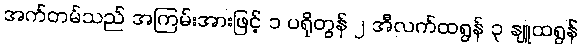
အက်တမ်သည် အကြမ်းအားဖြင့် ၁ ပရိုတွန် ၂ အီလက်ထရွန် ၃ နျူထရွန်